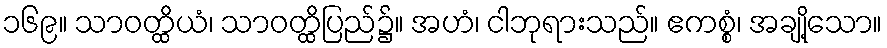
၁၆၉။ သာဝတ္ထိယံ၊ သာဝတ္ထိပြည်၌။ အဟံ၊ ငါဘုရားသည်။ ဧကစ္စံ၊ အချို့သော။